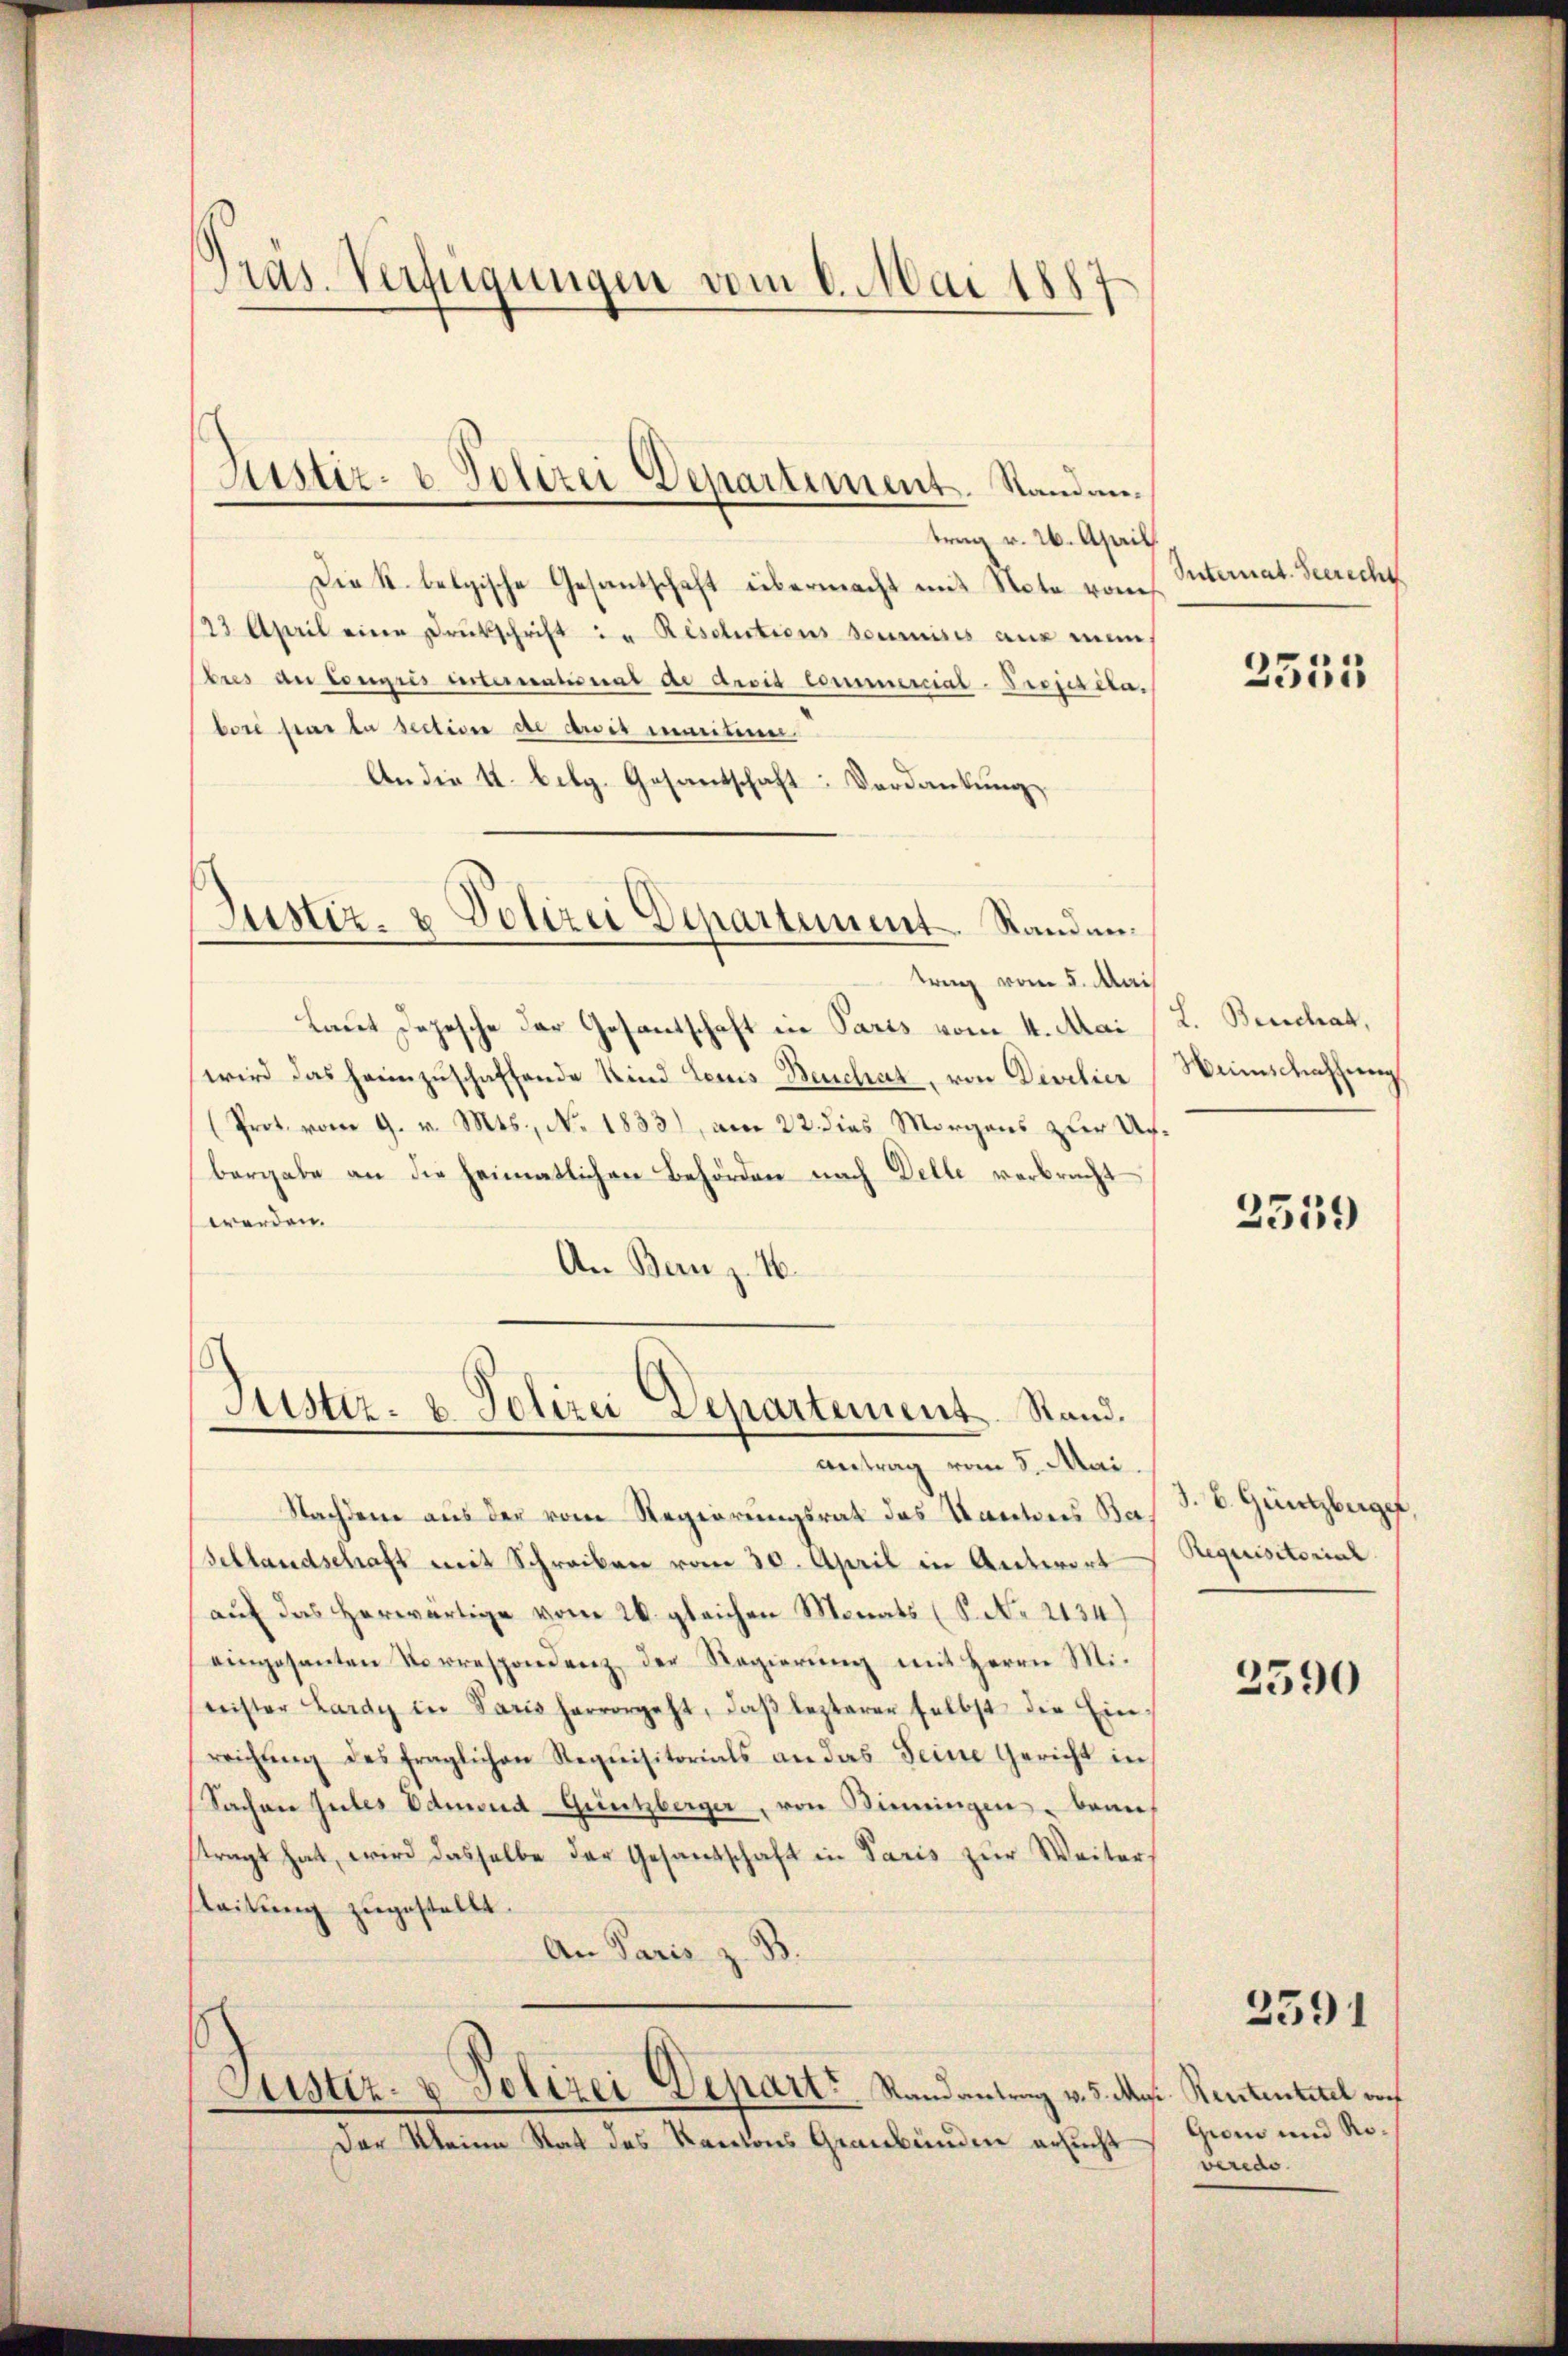
Präs. Verfügungen vom 6. Mai 1887

trag v. 26. April
Die K. belgische Gesantschaft übermacht mit Note vom
23. April eine Drukschrift in Resolutions soumises aus minbus an Congres internativent de divis Commercial-Projekela.
bose par la sectiven de droit aneitere
An die 4. belg. Gesantschaft Verdankung

Justiz- & Polizei Departement. Standan¬

Justiz- & Polizei Departement. Standen.
trag vom 5. Mai

Justiz- & Polizei Departement. Stand.

Laut Depesche der Gesantschaft in Paris vom 4. Mai
wird das heimzuschaffende Kind Leines Beuchat, von Devisier
(Prot. vom 9. v. Mts., No. 1833), am 22. dies Morgens zur Unbergabe an die heimatlichen Behörden nach Delle verbracht –
werden.
An Benz. 46.

Justiz- & Polizei Depart, Randantrag v. 5. Mrs. Rententitel auf
Der Meine Rat des Kantons Graubünden ersucht

Antrag vom 5. Mai.
Nachdem aus der vom Regierungsrat des Kantons Ba
Sellandschaft mit Schreiben vom 30. April in Antwort
auf das herwärtige vom 26. gleichen Monats (S. Nr. 2134)
eingesanten Vorrespondenz der Regierŭng mit Herrn Mi-
nister Lardy in Paris hervorgeht, daβ lezterer selbst die Ein-
reichŭng des fraglichen Requisitorials an das Seine Gericht in
Sachen Gutes Admond-Grutzberger, von Sinngen kann
stragt hat, wird dasselbe der Gesandschaft in Paris zur Weiter
leitung zugestellt.
An Paris z. B.

Unternat. Seerecht

L. Beschat,
Weinschaffung

2559

3. b. Güntzberger,
Requisitorial

3590

Grom und Roveredo

2335

2591